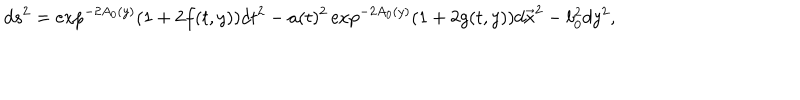
LaTeX: d s ^ { 2 } = \exp ^ { - 2 A _ { 0 } ( y ) } \left( 1 + 2 f ( t , y ) \right) d t ^ { 2 } - a ( t ) ^ { 2 } \exp ^ { - 2 A _ { 0 } ( y ) } \left( 1 + 2 g ( t , y ) \right) d \vec { x } ^ { 2 } - b _ { 0 } ^ { 2 } d y ^ { 2 } ,